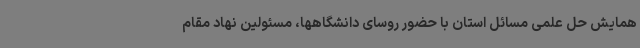
همایش حل علمی مسائل استان با حضور روسای دانشگاهها، مسئولین نهاد مقام